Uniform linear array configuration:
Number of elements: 8
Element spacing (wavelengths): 0.25
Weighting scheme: kaiser
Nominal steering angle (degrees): -30
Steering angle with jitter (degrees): -30.861
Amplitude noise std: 0.05
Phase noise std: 0.05

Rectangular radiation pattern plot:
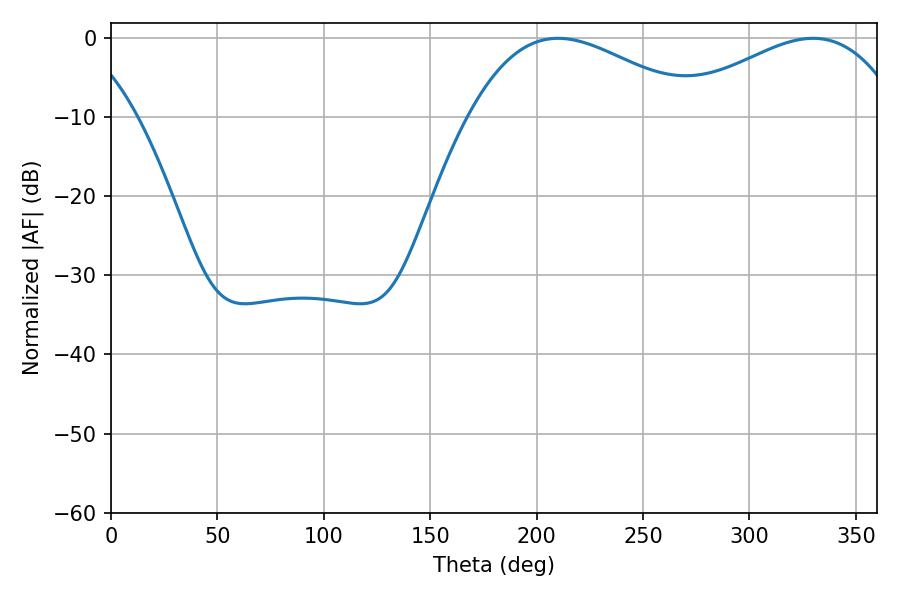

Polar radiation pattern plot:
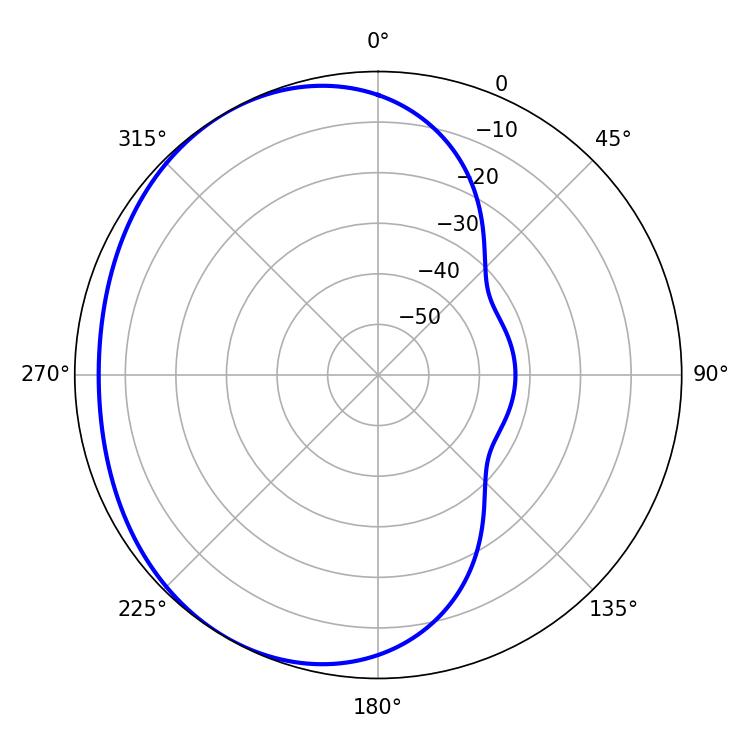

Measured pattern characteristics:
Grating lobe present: FALSE
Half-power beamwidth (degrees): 58.86
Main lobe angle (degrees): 329.94